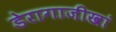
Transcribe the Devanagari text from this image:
डेरागाजीखां